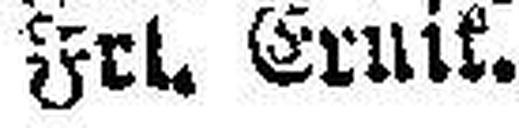
Frl. Ernif.